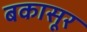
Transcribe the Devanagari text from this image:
बकासूर